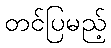
တင်ပြမည့်